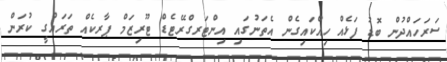
ސަރަހައްދުން ބޮޑު ފަޅެއް ހިއްކައިގެން އެތަނުގައި އިންޓަރގްރޭޓެޑް ޓޫރިޒަމް ޕާރކެއް ތަރައްގީ ކުރަން